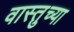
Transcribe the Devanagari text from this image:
वास्तुच्या